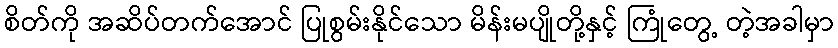
စိတ်ကို အဆိပ်တက်အောင် ပြုစွမ်းနိုင်သော မိန်းမပျိုတို့နှင့် ကြုံတွေ့ တဲ့အခါမှာ